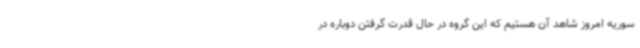
سوریه امروز شاهد آن هستیم که این گروه در حال قدرت گرفتن دوباره در